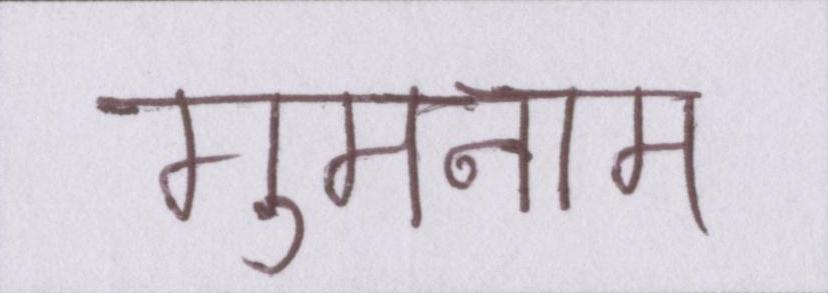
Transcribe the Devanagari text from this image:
गुमनाम